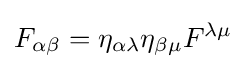
F_{\alpha \beta }=\eta _{\alpha \lambda }\eta _{\beta \mu }F^{\lambda \mu }